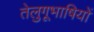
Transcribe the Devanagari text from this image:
तेलुगूभाषियों